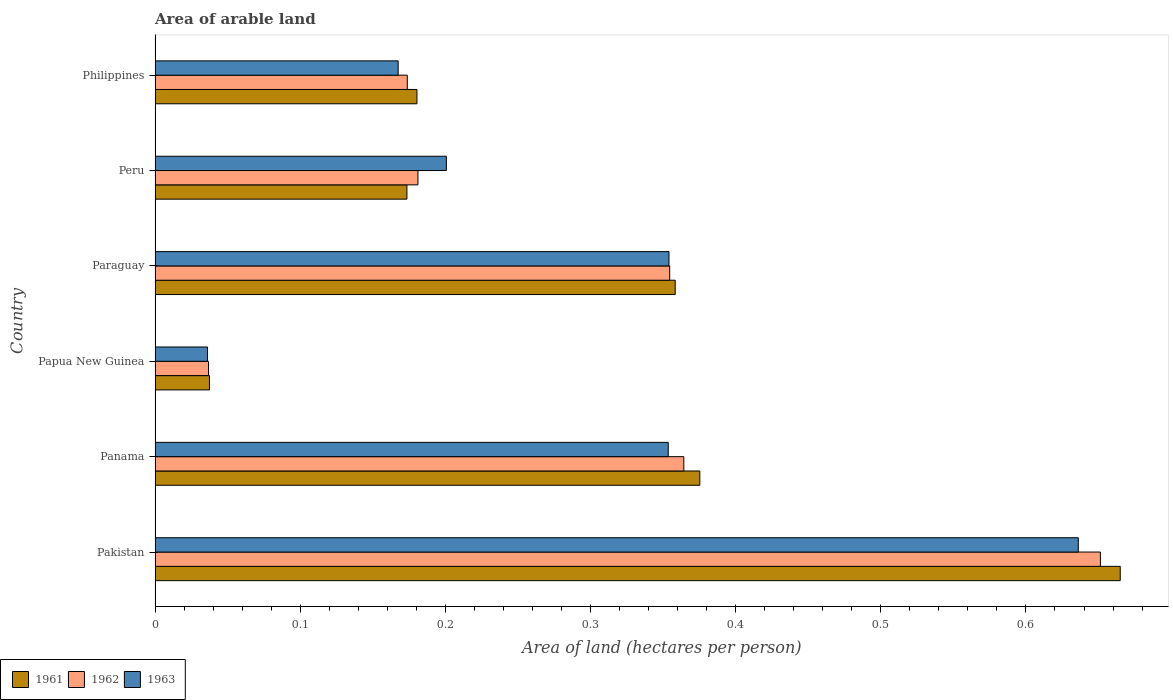
| Country | 1961 | 1962 | 1963 |
 | --- | --- | --- | --- |
 | Pakistan | 0.665 | 0.651 | 0.636 |
 | Panama | 0.375 | 0.364 | 0.354 |
 | Papua New Guinea | 0.0375 | 0.0368 | 0.0361 |
 | Paraguay | 0.358 | 0.355 | 0.354 |
 | Peru | 0.174 | 0.181 | 0.201 |
 | Philippines | 0.18 | 0.174 | 0.167 |